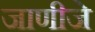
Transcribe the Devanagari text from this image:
जाणीजे